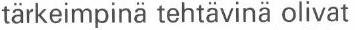
tärkeimpinä tehtävinä olivat